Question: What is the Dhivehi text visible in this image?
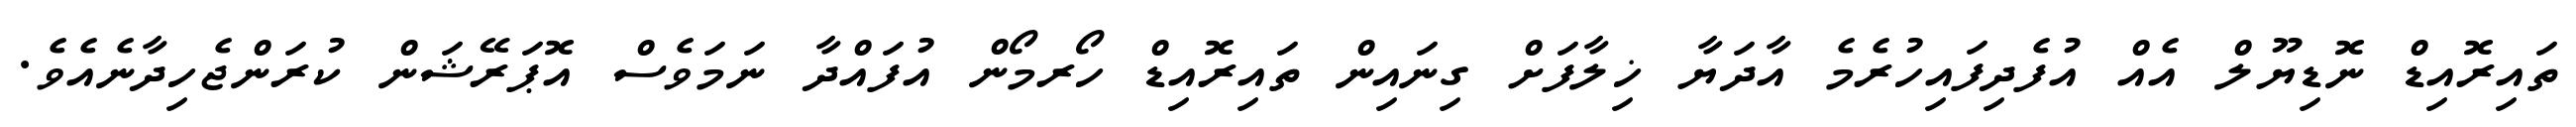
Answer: ތައިރޮއިޑް ނޮޑިޔޫލް އެއް އުފެދިފައިހުރެމެ އާދަޔާ ޚިލާފަށް ގިނައިން ތައިރޮއިޑް ހޯރމޯން އުފައްދާ ނަމަވެސް އޮޕަރޭޝަން ކުރަންޖެހިދާނެއެވެ.